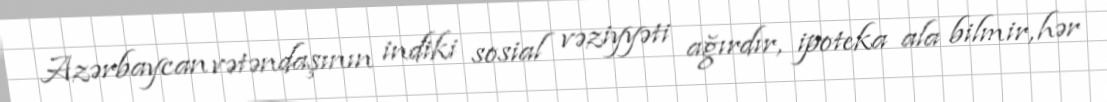
Azərbaycan vətəndaşının indiki sosial vəziyyəti ağırdır, ipoteka ala bilmir, hər